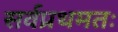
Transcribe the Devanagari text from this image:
सर्वप्रथमतः